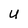
Character: U